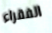
الفقراء